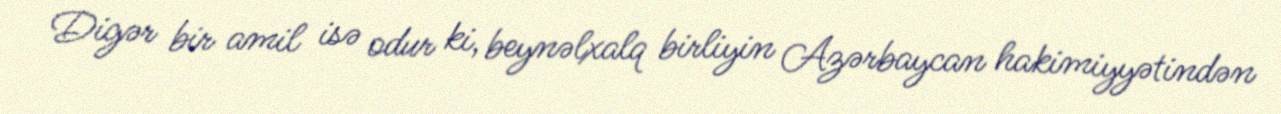
Digər bir amil isə odur ki, beynəlxalq birliyin Azərbaycan hakimiyyətindən